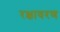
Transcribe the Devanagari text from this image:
रक्षावरण